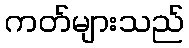
ကတ်များသည်